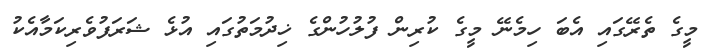
މީގެ ތެރޭގައި އެބަ ހިމެނޭ މީގެ ކުރިން ފުލުހުންގެ ޚިދުމަތުގައި އުޅެ ޝަރަފުވެރިކަމާއެކު